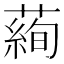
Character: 𦻖